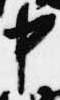
中